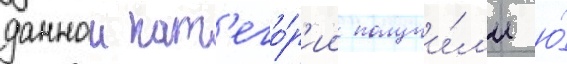
даннои кат'его́р'ии получи́л'и ю́